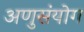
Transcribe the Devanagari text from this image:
अणुसंयोग